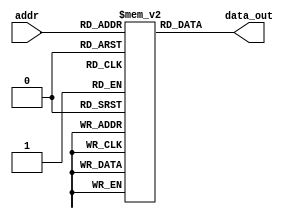
`timescale 1ns / 1ps
//////////////////////////////////////////////////////////////////////////////////
// Company: 
// Engineer: 
// 
// Design Name: 
// Module Name: InstMem
// Project Name: 
// Target Devices: 
// Tool Versions: 
// Description: 
// 
// Dependencies: 
// 
// Revision:
// Revision 0.01 - File Created
// Additional Comments:
// 
//////////////////////////////////////////////////////////////////////////////////


module InstMem(input [5:0] addr, output [31:0] data_out); 
    reg [31:0] mem [0:63];
    assign data_out = mem[addr]; 
    initial begin 
         mem[0]=32'b0000000_00000_00000_000_00000_0110011 ; //add x0, x0, x0 
         mem[1]=32'b01000000000100011000000010110011 ;      //sub x1, x3, x1          x1 = 2
         mem[2]=32'b00000000000100100001000110110011 ;      //sll x3, x4, x5          x3 =128 
         mem[3]=32'b00000000011000101010001000110011 ;      //slt x4, x5, x6          x4 = 1
         mem[4]=32'b00000000010100110010001010110011;       //slt x5, x6, x5           x5 = 0 
         mem[5]=32'b00000000100000111100001100110011 ;      //xor x6, x7, x8          x6 = 15
         mem[6]=32'b00000000000100111101001110110011 ;      //srl x7, x7, x1          x7 = 1  
         mem[7]=32'b00000000111101000110010000110011;       //or x8, x8, x15           x8 = 15
         mem[8]=32'b00000000101001001111010010110011 ;      //and x9, x9, x10         x9 = 8
         mem[9]=32'b00000000001001010000010100010011 ;      //addi x10, x10, 2        x10 = 12
         mem[10]=32'b00000001111101011010010110010011 ;     //slti x11, x11, 31       x11 = 1  
         mem[11]=32'b00000000101001111100011000010011 ;     //xori x12, x15, 10       x12 = 5   
         mem[12]=32'b00000000101001111110011010010011 ;     //ori x13, x15, 10        x13 = 15 
         mem[13]=32'b00000000101001111111011100010011 ;     //andi x14, x15, 10       x14 = 10 
         mem[14]=32'b00000000000000000101011110110111 ;     //lui x15, 5              x15 = 20480
         mem[15]=32'b00000000000000000011100000010111;      //auipc x16,              x16 = 12348
         mem[16]=32'b00000000100000000000100011101111 ;     //jal x17, 8              x17 = 68
         mem[17]=32'b00000000000110010000100100010011;     // addi x18, x18, 1        x18 = 18 // skipped 
         mem[18]=32'b00000000000110011000100110010011 ;   //  addi x19, x19, 1        x19 = 20
         mem[19]=32'b00000000000110100000101000010011 ;   //  addi x20, x20, 1        x20 = 21
         mem[20]=32'b00000101000001010000101011100111 ;  //   jalr x21, x10, 80       x21 = 84
         mem[21]=32'b00000000000110110000101100010011 ;  //   addi x22, x22, 1        x22 = 22 // skipped 
        
    end
endmodule